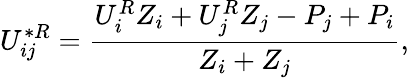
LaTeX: U_{ij}^{*R}=\frac{U_{i}^{R}Z_{i}+U_{j}^{R}Z_{j}-P_{j}+P_{i}}{Z_{i}+Z_{j}},